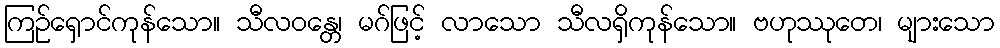
ကြဉ်ရှောင်ကုန်သော။ သီလဝန္တေ၊ မဂ်ဖြင့် လာသော သီလရှိကုန်သော။ ဗဟုဿုတေ၊ များသော